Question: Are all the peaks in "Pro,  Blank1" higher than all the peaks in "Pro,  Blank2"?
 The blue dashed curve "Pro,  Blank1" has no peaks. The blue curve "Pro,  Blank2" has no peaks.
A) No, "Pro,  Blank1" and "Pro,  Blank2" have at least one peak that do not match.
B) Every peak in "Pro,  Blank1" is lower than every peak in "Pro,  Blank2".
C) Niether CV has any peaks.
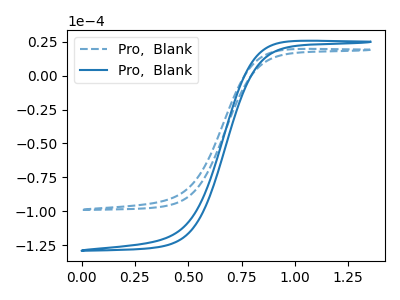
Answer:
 <answer>C) Niether CV has any peaks.</answer>
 <eval>C</eval>